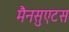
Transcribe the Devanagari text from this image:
मैनसुएटस